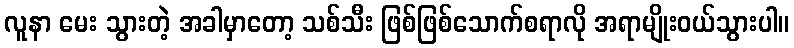
လူနာ မေး သွားတဲ့ အခါမှာတော့ သစ်သီး ဖြစ်ဖြစ်သောက်စရာလို အရာမျိုးဝယ်သွားပါ။